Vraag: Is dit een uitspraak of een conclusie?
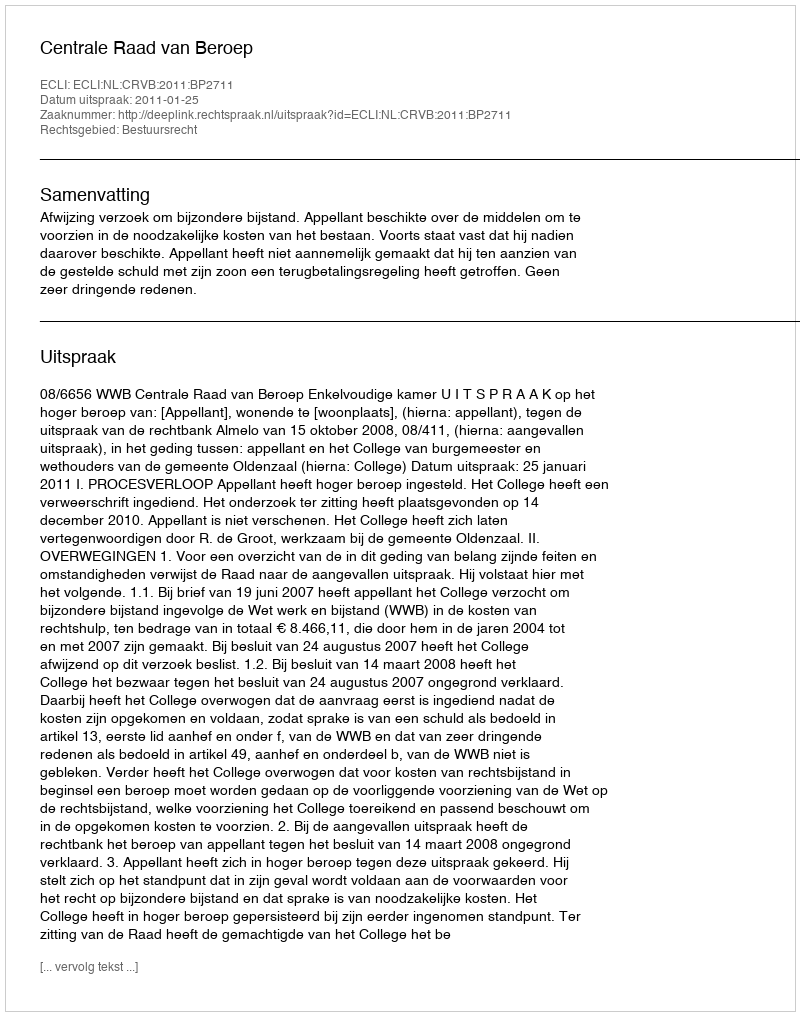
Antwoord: Uitspraak